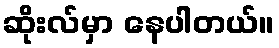
ဆိုးလ်မှာ နေပါတယ်။